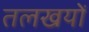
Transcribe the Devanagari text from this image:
तलखयों